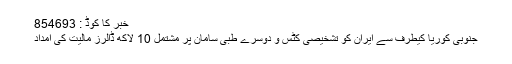
خبر کا کوڈ : 854693
جنوبی کوریا کیطرف سے ایران کو تشخیصی کٹس و دوسرے طبی سامان پر مشتمل 10 لاکھ ڈالرز مالیت کی امداد